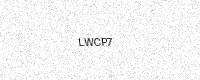
Text: LWCP7